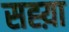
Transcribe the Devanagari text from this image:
सह्य़ा